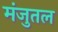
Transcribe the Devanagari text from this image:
मंजुतल